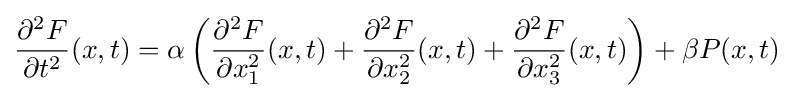
{\frac {\partial ^{2}F}{\partial t^{2}}}(x,t)=\alpha \left({\frac {\partial ^{2}F}{\partial x_{1}^{2}}}(x,t)+{\frac {\partial ^{2}F}{\partial x_{2}^{2}}}(x,t)+{\frac {\partial ^{2}F}{\partial x_{3}^{2}}}(x,t)\right)+\beta P(x,t)